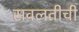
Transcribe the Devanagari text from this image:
सवलतीची